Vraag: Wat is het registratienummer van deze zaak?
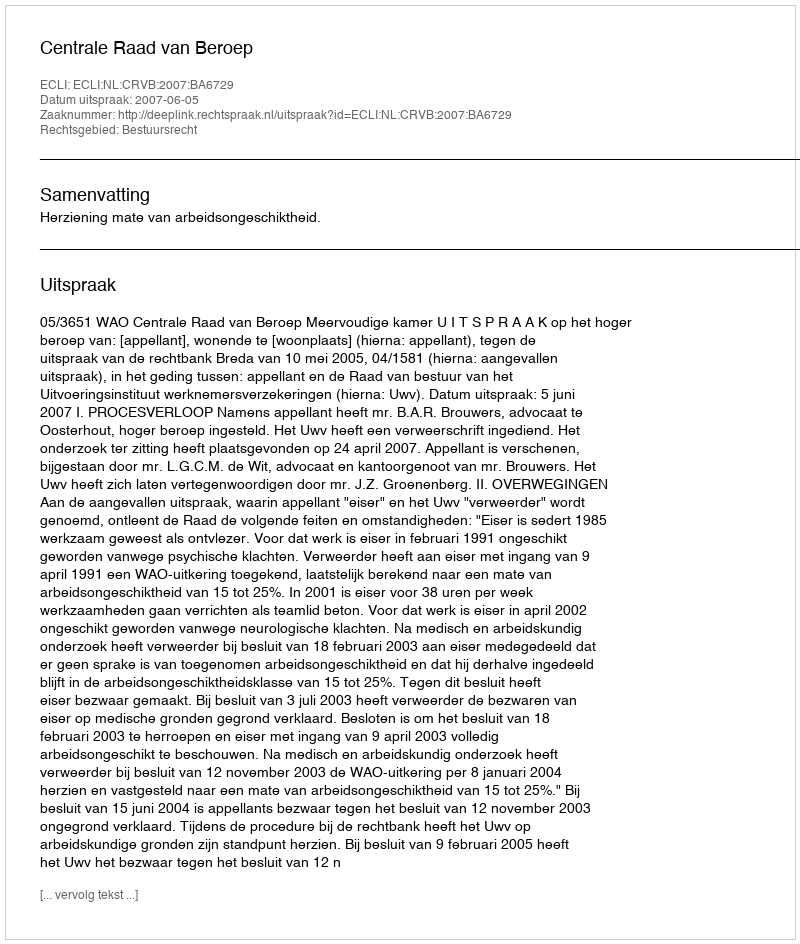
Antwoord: http://deeplink.rechtspraak.nl/uitspraak?id=ECLI:NL:CRVB:2007:BA6729